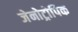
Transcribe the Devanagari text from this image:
जेनोट्रोपिक